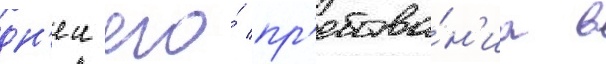
дн'еи его́ пр'ебыва́н'иа в